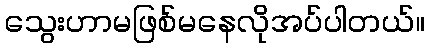
သွေးဟာမဖြစ်မနေလိုအပ်ပါတယ်။